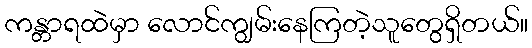
ကန္တာရထဲမှာ လောင်ကျွမ်းနေကြတဲ့သူတွေရှိတယ်။